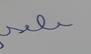
Signature authenticity: forged